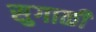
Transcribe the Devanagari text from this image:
सुगाळी